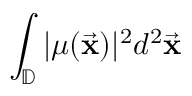
\int _ { \mathbb { D } } | \mu ( \vec { \bf x } ) | ^ { 2 } d ^ { 2 } \vec { \bf x }